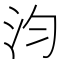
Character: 汮